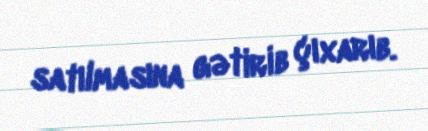
satılmasına gətirib çıxarıb.